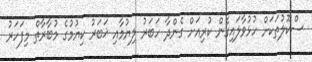
ސްކޫލުތަކަށް ހުޅުވާލައިގެން ކުރިއަށް ގެންދާ ހަބަރު ލިޔުމާއި ޚަބަރު ކިޔުމުގެ މުބާރާތް މިފަހަރު